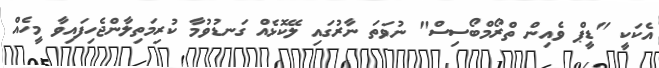
އެކަކީ "ޑީޕް ވެއިން ތްރޯމްބޯސިސް" ނުވަތަ ނާރުގައި ލޭކޮޅެއް ގަނޑުވުމާ ކުރިމަތިލާންޖެހިފައިވާ މީހެއް